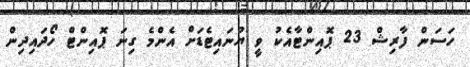
ހަސަން ފާރިޝް 23 ޕޮއިންޓާއެކު ވީ ޔުނައިޓެޑަށް އެންމެ ގިނަ ޕޮއިންޓް ހޯދައިދިން